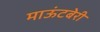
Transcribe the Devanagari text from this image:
माऊंटबेरी